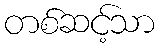
တစ်ဆင့်သာ